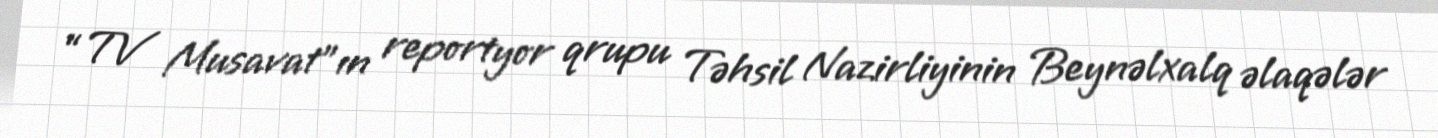
“TV Musavat”ın reportyor qrupu Təhsil Nazirliyinin Beynəlxalq əlaqələr